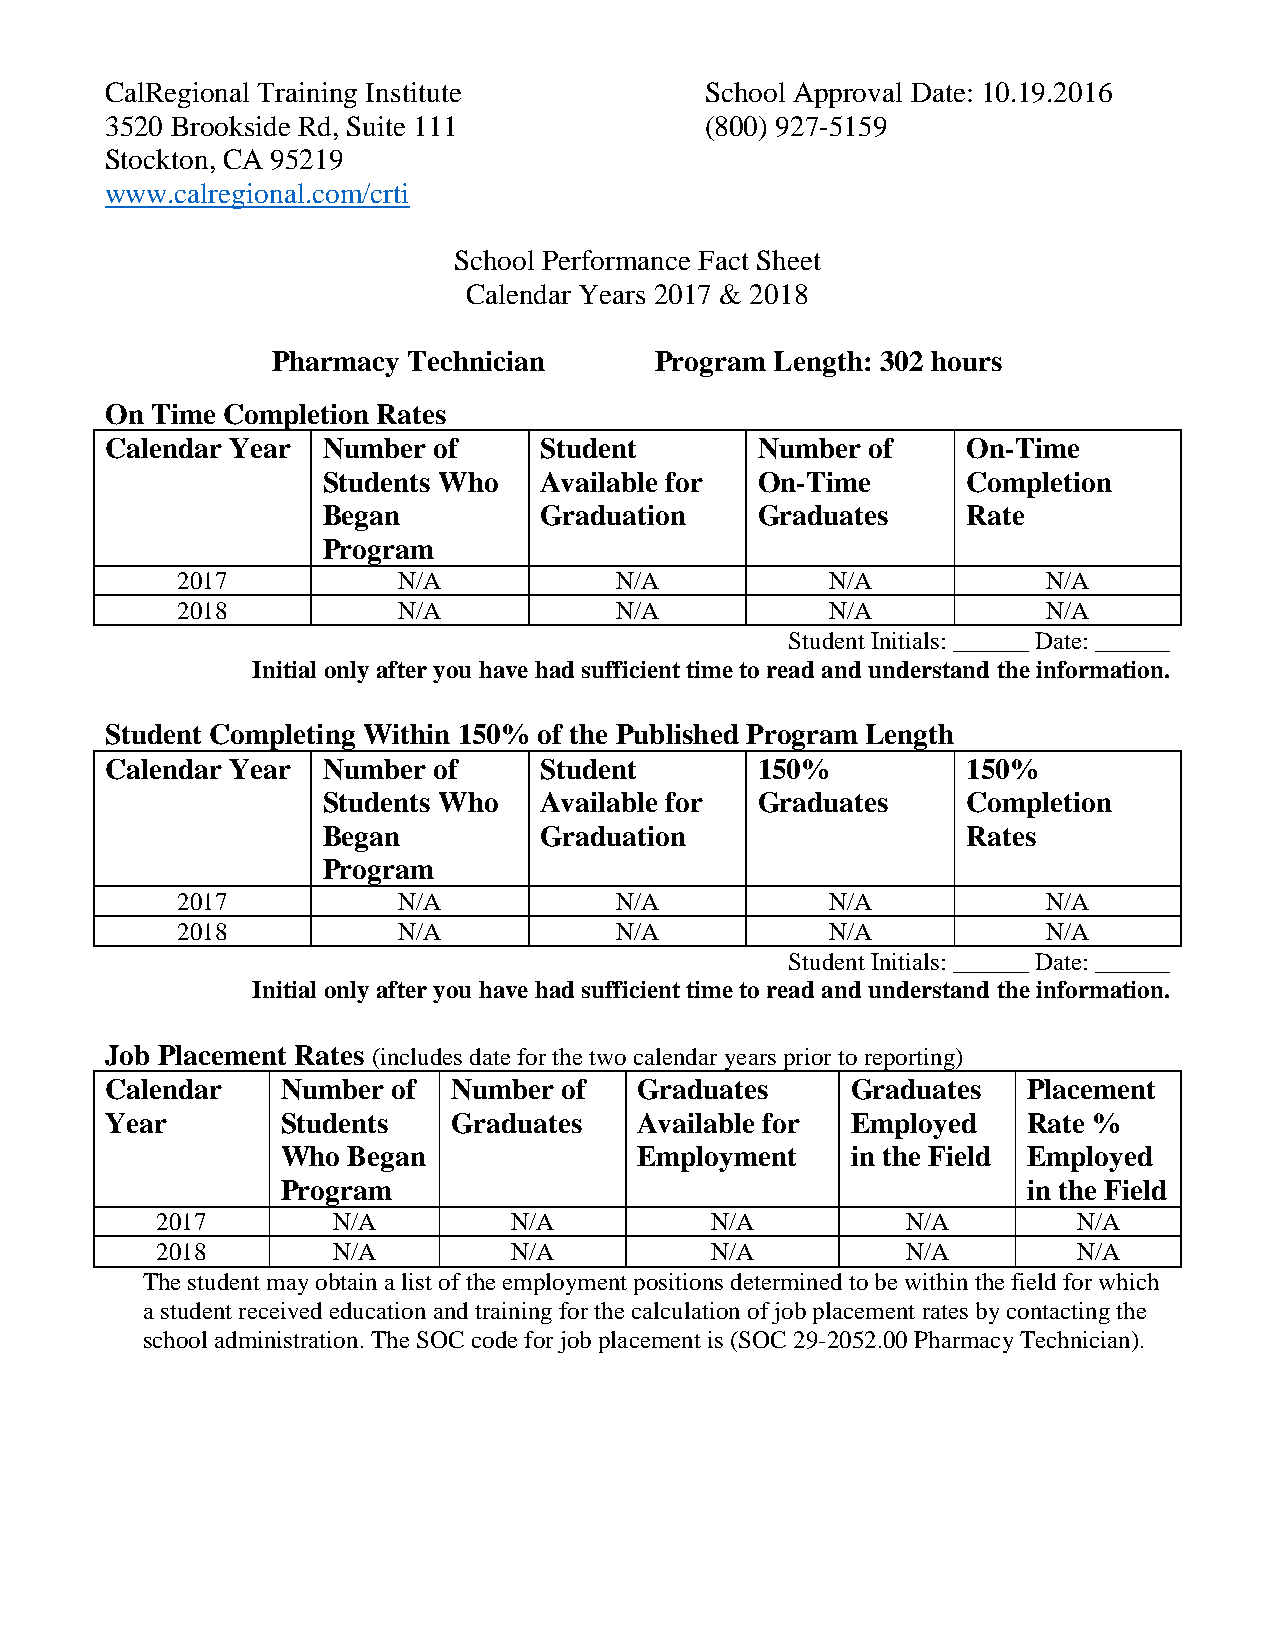
CalRegional Training Institute          School Approval Date: 10.19.2016
 3520 Brookside Rd, Suite 111            (800) 927-5159
 Stockton, CA 95219
 www.calregional.com/crti
 School Performance Fact Sheet
 Calendar Years 2017 & 2018
 Pharmacy Technician      Program Length: 302 hours
 On Time Completion Rates
 Calendar Year Number  of     Student       Number of     On-Time
 Students Who   Available for On-Time       Completion
 Began          Graduation    Graduates     Rate
 Program
 2017          N/A            N/A           N/A           N/A
 2018          N/A            N/A           N/A           N/A
 Student Initials: ______ Date: ______
 Initial only after you have had sufficient time to read and understand the information.
 Student Completing Within 150% of the Published Program Length
 Calendar Year Number  of     Student       150%          150%
 Students Who   Available for Graduates     Completion
 Began          Graduation                  Rates
 Program
 2017          N/A            N/A           N/A           N/A
 2018          N/A            N/A           N/A           N/A
 Student Initials: ______ Date: ______
 Initial only after you have had sufficient time to read and understand the information.
 Job Placement Rates (includes date for the two calendar years prior to reporting)
 Calendar    Number of  Number of   Graduates     Graduates   Placement
 Year        Students   Graduates   Available for Employed    Rate %
 Who Began              Employment    in the Field Employed
 Program                                          in the Field
 2017        N/A         N/A          N/A          N/A        N/A
 2018        N/A         N/A          N/A          N/A        N/A
 The student may obtain a list of the employment positions determined to be within the field for which
 a student received education and training for the calculation of job placement rates by contacting the
 school administration. The SOC code for job placement is (SOC 29-2052.00 Pharmacy Technician).